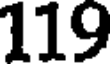
119